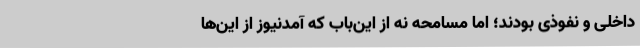
داخلی و نفوذی بودند؛ اما مسامحه نه از این‌باب که آمدنیوز از این‌ها